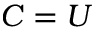
C = U